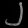
Digit: ၂